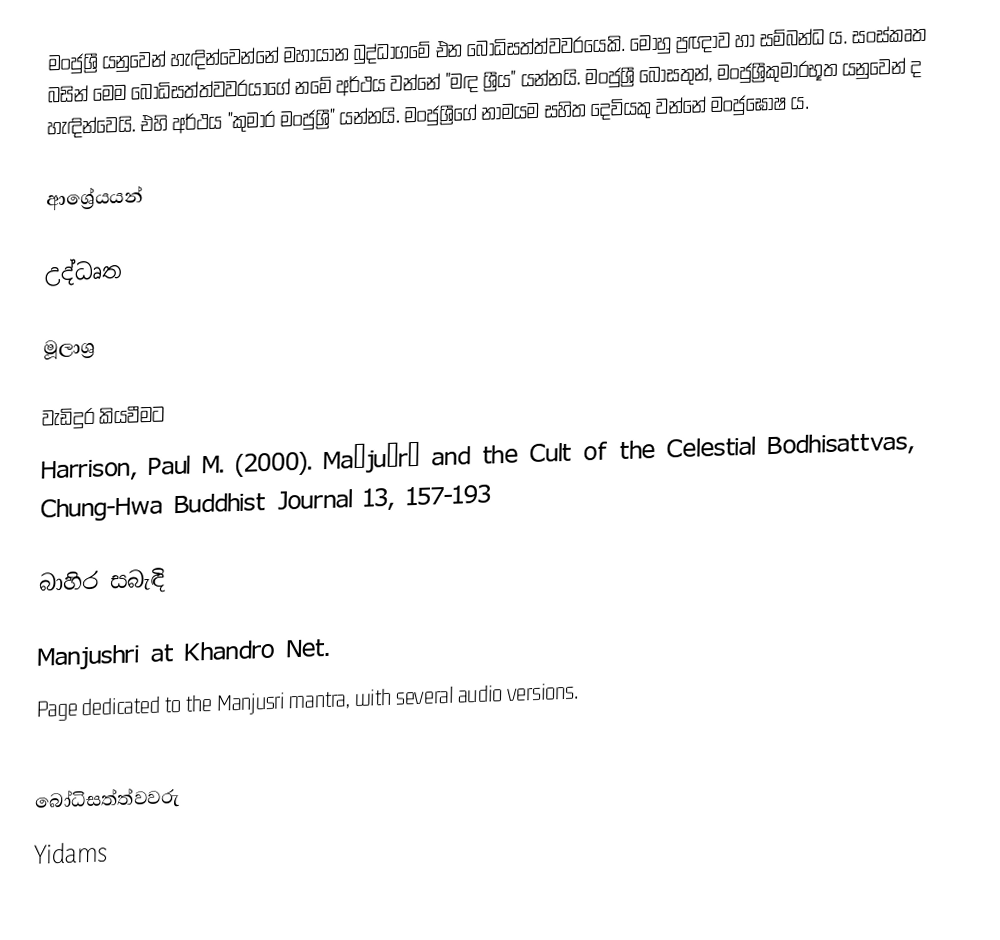
මංජුශ්‍රී යනුවෙන් හැඳින්වෙන්නේ මහායාන බුද්ධාගමේ එන බෝධිසත්ත්වවරයෙකි. මොහු ප්‍රඥාව හා සම්බන්ධ ය. සංස්කෘත බසින් මෙම බෝධිසත්ත්වවරයාගේ නමේ අර්ථය වන්නේ "මඳ ශ්‍රීය" යන්නයි. මංජුශ්‍රී බෝසතුන්, මංජුශ්‍රීකුමාරභූත යනුවෙන් ද හැඳින්වෙයි. එහි අර්ථය "කුමාර මංජුශ්‍රී" යන්නයි. මංජුශ්‍රීගේ නාමයම සහිත දෙවියකු වන්නේ  මංජුඝෝෂ ය.

ආශ්‍රේයයන්

උද්ධෘත

මූලාශ්‍ර

වැඩිදුර කියවීමට
Harrison, Paul M. (2000). Mañjuśrī and the Cult of the Celestial Bodhisattvas, Chung-Hwa Buddhist Journal 13, 157-193

බාහිර සබැඳි

Manjushri at Khandro Net.
Page dedicated to the Manjusri mantra, with several audio versions.

බෝධිසත්ත්වවරු
Yidams